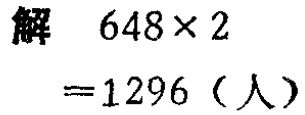
解 \(648\times 2\)

\(= 1296\)（人）